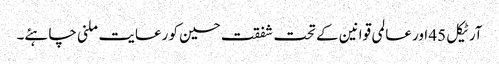
آرٹیکل 45 اور عالمی قوانین کے تحت شفقت حسین کو رعایت ملنی چاہئے۔